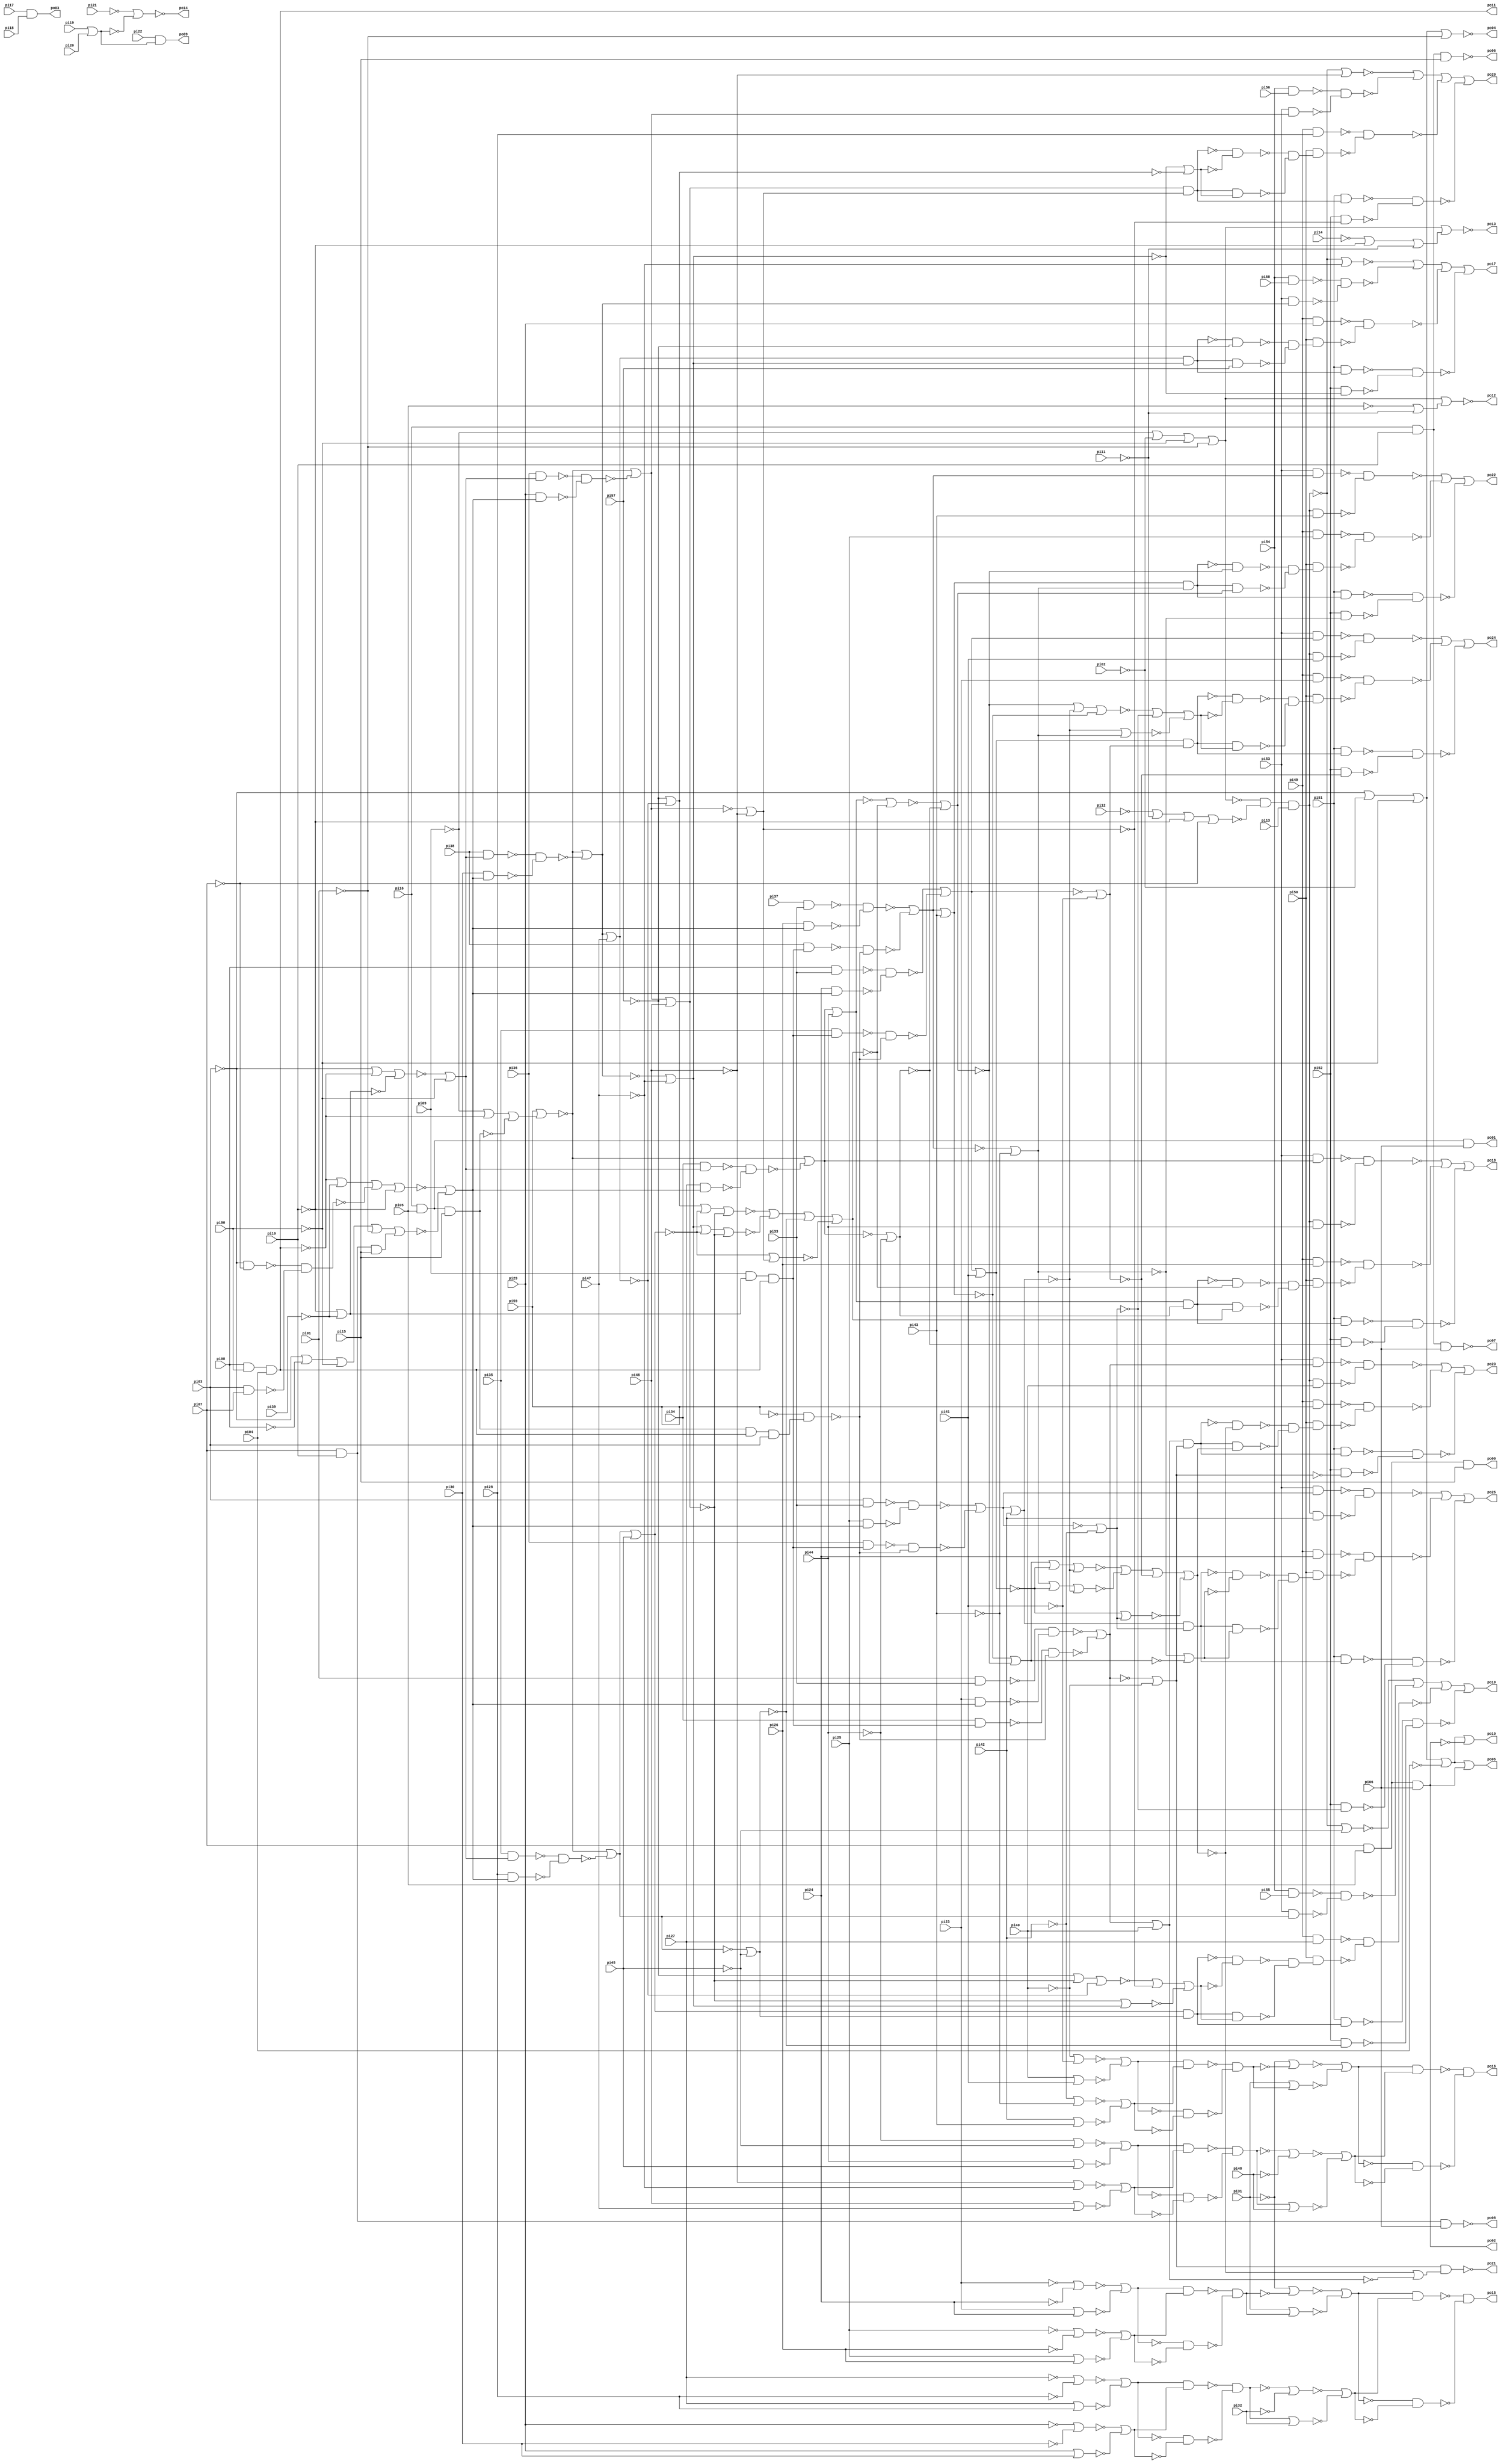
// Benchmark "C880.iscas" written by ABC on Thu Mar 19 13:02:36 2020

module C880_iscas  ( 
    pi00, pi01, pi02, pi03, pi04, pi05, pi06, pi07, pi08, pi09, pi10, pi11,
    pi12, pi13, pi14, pi15, pi16, pi17, pi18, pi19, pi20, pi21, pi22, pi23,
    pi24, pi25, pi26, pi27, pi28, pi29, pi30, pi31, pi32, pi33, pi34, pi35,
    pi36, pi37, pi38, pi39, pi40, pi41, pi42, pi43, pi44, pi45, pi46, pi47,
    pi48, pi49, pi50, pi51, pi52, pi53, pi54, pi55, pi56, pi57, pi58, pi59,
    po00, po01, po02, po03, po04, po05, po06, po07, po08, po09, po10, po11,
    po12, po13, po14, po15, po16, po17, po18, po19, po20, po21, po22, po23,
    po24, po25  );
  input  pi00, pi01, pi02, pi03, pi04, pi05, pi06, pi07, pi08, pi09,
    pi10, pi11, pi12, pi13, pi14, pi15, pi16, pi17, pi18, pi19, pi20, pi21,
    pi22, pi23, pi24, pi25, pi26, pi27, pi28, pi29, pi30, pi31, pi32, pi33,
    pi34, pi35, pi36, pi37, pi38, pi39, pi40, pi41, pi42, pi43, pi44, pi45,
    pi46, pi47, pi48, pi49, pi50, pi51, pi52, pi53, pi54, pi55, pi56, pi57,
    pi58, pi59;
  output po00, po01, po02, po03, po04, po05, po06, po07, po08, po09, po10,
    po11, po12, po13, po14, po15, po16, po17, po18, po19, po20, po21, po22,
    po23, po24, po25;
  wire new_n87_, new_n88_, new_n89_, new_n90_, new_n91_, new_n92_, new_n93_,
    new_n94_, new_n95_, new_n96_, new_n97_, new_n98_, new_n99_, new_n100_,
    new_n101_, new_n102_, new_n103_, new_n104_, new_n105_, new_n106_,
    new_n107_, new_n108_, new_n109_, new_n110_, new_n111_, new_n112_,
    new_n113_, new_n114_, new_n115_, new_n116_, new_n117_, new_n118_,
    new_n119_, new_n120_, new_n121_, new_n122_, new_n123_, new_n124_,
    new_n125_, new_n126_, new_n127_, new_n128_, new_n129_, new_n130_,
    new_n131_, new_n132_, new_n133_, new_n134_, new_n135_, new_n136_,
    new_n137_, new_n138_, new_n139_, new_n140_, new_n141_, new_n142_,
    new_n143_, new_n144_, new_n145_, new_n146_, new_n147_, new_n148_,
    new_n149_, new_n150_, new_n152_, new_n153_, new_n154_, new_n155_,
    new_n156_, new_n157_, new_n161_, new_n162_, new_n163_, new_n164_,
    new_n165_, new_n166_, new_n167_, new_n168_, new_n169_, new_n170_,
    new_n171_, new_n172_, new_n173_, new_n174_, new_n175_, new_n176_,
    new_n177_, new_n178_, new_n179_, new_n180_, new_n181_, new_n183_,
    new_n184_, new_n186_, new_n187_, new_n190_, new_n192_, new_n193_,
    new_n194_, new_n196_, new_n197_, new_n198_, new_n199_, new_n201_,
    new_n202_, new_n204_, new_n205_, new_n207_, new_n208_, new_n211_,
    new_n212_, new_n213_, new_n214_, new_n215_, new_n216_, new_n217_,
    new_n218_, new_n219_, new_n220_, new_n221_, new_n222_, new_n223_,
    new_n224_, new_n225_, new_n226_, new_n227_, new_n228_, new_n229_,
    new_n230_, new_n231_, new_n232_, new_n233_, new_n234_, new_n235_,
    new_n236_, new_n237_, new_n238_, new_n239_, new_n240_, new_n241_,
    new_n242_, new_n243_, new_n244_, new_n245_, new_n246_, new_n247_,
    new_n248_, new_n249_, new_n250_, new_n251_, new_n252_, new_n253_,
    new_n254_, new_n255_, new_n256_, new_n257_, new_n258_, new_n259_,
    new_n260_, new_n261_, new_n262_, new_n263_, new_n264_, new_n265_,
    new_n266_, new_n267_, new_n268_, new_n269_, new_n270_, new_n271_,
    new_n272_, new_n273_, new_n274_, new_n275_, new_n276_, new_n277_,
    new_n278_, new_n279_, new_n280_, new_n281_, new_n282_, new_n283_,
    new_n284_, new_n285_, new_n286_, new_n287_, new_n288_, new_n289_,
    new_n290_, new_n291_, new_n292_, new_n293_, new_n294_, new_n295_,
    new_n296_, new_n297_, new_n298_, new_n299_, new_n300_, new_n301_,
    new_n302_, new_n303_, new_n304_, new_n305_, new_n306_, new_n307_,
    new_n308_, new_n309_, new_n310_, new_n311_, new_n312_, new_n313_,
    new_n314_, new_n315_, new_n316_, new_n317_, new_n318_, new_n319_,
    new_n320_, new_n321_, new_n322_, new_n323_, new_n324_, new_n325_,
    new_n326_, new_n327_, new_n328_, new_n329_, new_n330_, new_n331_,
    new_n332_, new_n333_, new_n334_, new_n335_, new_n336_, new_n337_,
    new_n338_, new_n339_, new_n340_, new_n341_, new_n342_, new_n343_,
    new_n344_, new_n345_, new_n346_, new_n347_, new_n348_, new_n349_,
    new_n350_, new_n351_, new_n352_, new_n353_, new_n354_, new_n355_,
    new_n356_, new_n357_, new_n358_, new_n359_, new_n360_, new_n362_,
    new_n363_, new_n364_, new_n365_, new_n366_, new_n367_, new_n368_,
    new_n369_, new_n370_, new_n371_, new_n372_, new_n373_, new_n374_,
    new_n375_, new_n377_, new_n378_, new_n379_, new_n380_, new_n381_,
    new_n382_, new_n383_, new_n384_, new_n385_, new_n386_, new_n387_,
    new_n388_, new_n389_, new_n390_, new_n391_, new_n392_, new_n393_,
    new_n394_, new_n395_, new_n396_, new_n397_, new_n398_, new_n399_,
    new_n400_, new_n401_, new_n402_, new_n403_, new_n404_, new_n405_,
    new_n406_, new_n407_, new_n408_, new_n409_, new_n410_, new_n411_,
    new_n412_, new_n413_, new_n414_, new_n415_, new_n416_, new_n417_,
    new_n418_, new_n419_, new_n420_, new_n421_, new_n422_, new_n423_,
    new_n424_, new_n425_, new_n426_, new_n427_, new_n428_, new_n429_,
    new_n430_, new_n432_, new_n433_, new_n434_, new_n435_, new_n436_,
    new_n437_, new_n438_, new_n439_, new_n440_, new_n441_, new_n442_,
    new_n443_, new_n444_, new_n445_, new_n446_, new_n447_, new_n448_,
    new_n452_, new_n454_, new_n455_, new_n456_, new_n457_, new_n458_,
    new_n459_, new_n461_, new_n462_, new_n463_, new_n464_, new_n465_,
    new_n466_;
  assign new_n87_ = ~pi59;
  assign new_n88_ = pi54 & pi58;
  assign new_n89_ = pi54 & pi56;
  assign new_n90_ = pi54 & pi55;
  assign new_n91_ = pi46 | pi47;
  assign new_n92_ = ~pi46 | ~pi47;
  assign new_n93_ = pi44 | pi45;
  assign new_n94_ = ~pi44 | ~pi45;
  assign new_n95_ = pi42 | pi43;
  assign new_n96_ = ~pi42 | ~pi43;
  assign new_n97_ = pi40 | pi41;
  assign new_n98_ = ~pi40 | ~pi41;
  assign new_n99_ = pi37 & pi33;
  assign new_n100_ = pi49 & pi29;
  assign new_n101_ = pi29 | pi30;
  assign new_n102_ = ~pi29 | ~pi30;
  assign new_n103_ = pi49 & pi28;
  assign new_n104_ = pi49 & pi27;
  assign new_n105_ = pi27 | pi28;
  assign new_n106_ = ~pi27 | ~pi28;
  assign new_n107_ = pi49 & pi26;
  assign new_n108_ = pi49 & pi25;
  assign new_n109_ = pi25 | pi26;
  assign new_n110_ = ~pi25 | ~pi26;
  assign new_n111_ = pi49 & pi24;
  assign new_n112_ = pi49 & pi23;
  assign new_n113_ = pi23 | pi24;
  assign new_n114_ = ~pi23 | ~pi24;
  assign new_n115_ = pi19 | pi20;
  assign new_n116_ = pi17 & pi18;
  assign new_n117_ = ~pi10 | ~pi39;
  assign new_n118_ = pi16 & pi10 & pi15;
  assign new_n119_ = ~pi14 | ~pi10 | ~pi11;
  assign new_n120_ = pi08 & pi33;
  assign new_n121_ = pi07 & pi10 & pi15;
  assign new_n122_ = ~pi12 | ~pi11 | ~pi10 | ~pi07;
  assign new_n123_ = pi07 & pi10 & pi06;
  assign new_n124_ = pi16 & pi10 & pi06;
  assign new_n125_ = pi07 & pi05 & pi06;
  assign new_n126_ = pi16 & pi05 & pi06;
  assign new_n127_ = pi07 & pi05 & pi15;
  assign new_n128_ = pi16 & pi05 & pi15;
  assign new_n129_ = ~pi05 | ~pi11;
  assign new_n130_ = pi07 & pi05 & pi06;
  assign new_n131_ = pi03 & pi07;
  assign new_n132_ = ~pi03 & ~pi07;
  assign new_n133_ = pi03 & pi33;
  assign new_n134_ = pi01 & pi33;
  assign new_n135_ = ~pi09 | ~pi02 | ~pi00 | ~pi01;
  assign new_n136_ = ~pi03 | ~pi08 | ~pi00 | ~pi01;
  assign new_n137_ = pi08 & pi00 & pi04;
  assign new_n138_ = ~pi03 | ~pi02 | ~pi00 | ~pi04;
  assign new_n139_ = ~pi03 | ~pi02 | ~pi00 | ~pi01;
  assign new_n140_ = ~new_n87_;
  assign new_n141_ = ~new_n92_ | ~new_n91_;
  assign new_n142_ = ~new_n94_ | ~new_n93_;
  assign new_n143_ = ~new_n96_ | ~new_n95_;
  assign new_n144_ = ~new_n98_ | ~new_n97_;
  assign new_n145_ = ~new_n102_ | ~new_n101_;
  assign new_n146_ = ~new_n106_ | ~new_n105_;
  assign new_n147_ = ~new_n110_ | ~new_n109_;
  assign new_n148_ = ~new_n114_ | ~new_n113_;
  assign new_n149_ = pi22 & new_n115_;
  assign new_n150_ = ~pi21 | ~new_n115_;
  assign po03 = new_n116_;
  assign new_n152_ = ~new_n118_;
  assign new_n153_ = new_n135_ | new_n119_;
  assign new_n154_ = ~new_n121_;
  assign new_n155_ = ~new_n135_ & ~new_n122_;
  assign new_n156_ = ~new_n123_;
  assign new_n157_ = ~new_n124_;
  assign po02 = new_n125_;
  assign po01 = new_n126_;
  assign po00 = new_n127_;
  assign new_n161_ = new_n135_ | new_n129_;
  assign new_n162_ = ~new_n130_;
  assign new_n163_ = new_n138_ | new_n130_;
  assign new_n164_ = ~new_n132_ & ~new_n131_;
  assign new_n165_ = ~new_n136_;
  assign new_n166_ = ~new_n137_;
  assign new_n167_ = ~new_n137_;
  assign new_n168_ = ~new_n139_;
  assign new_n169_ = pi49 & new_n140_;
  assign new_n170_ = ~new_n141_;
  assign new_n171_ = new_n142_ & new_n141_;
  assign new_n172_ = ~new_n142_;
  assign new_n173_ = ~new_n143_;
  assign new_n174_ = new_n144_ & new_n143_;
  assign new_n175_ = ~new_n144_;
  assign new_n176_ = ~new_n145_;
  assign new_n177_ = new_n146_ & new_n145_;
  assign new_n178_ = ~new_n146_;
  assign new_n179_ = ~new_n147_;
  assign new_n180_ = new_n148_ & new_n147_;
  assign new_n181_ = ~new_n148_;
  assign po09 = new_n149_;
  assign new_n183_ = ~new_n150_;
  assign new_n184_ = new_n155_ & pi13;
  assign po06 = new_n152_;
  assign new_n186_ = ~new_n153_;
  assign new_n187_ = ~new_n165_ | ~new_n154_;
  assign po08 = new_n156_;
  assign po07 = new_n157_;
  assign new_n190_ = ~new_n161_;
  assign po05 = new_n163_;
  assign new_n192_ = ~new_n166_;
  assign new_n193_ = ~new_n167_;
  assign new_n194_ = new_n138_ | new_n162_;
  assign po04 = new_n168_;
  assign new_n196_ = new_n172_ & new_n170_;
  assign new_n197_ = new_n175_ & new_n173_;
  assign new_n198_ = new_n178_ & new_n176_;
  assign new_n199_ = new_n181_ & new_n179_;
  assign po14 = new_n183_;
  assign new_n201_ = ~new_n184_;
  assign new_n202_ = ~new_n192_ | ~pi39 | ~new_n164_ | ~pi10;
  assign po13 = new_n186_;
  assign new_n204_ = ~pi09 | ~new_n192_ | ~new_n128_;
  assign new_n205_ = pi09 & new_n117_ & new_n192_;
  assign po12 = new_n190_;
  assign new_n207_ = ~pi03 | ~new_n192_ | ~new_n117_;
  assign new_n208_ = new_n128_ & new_n192_ & pi03;
  assign po11 = new_n193_;
  assign po10 = new_n194_;
  assign new_n211_ = new_n140_ | new_n204_;
  assign new_n212_ = new_n140_ | new_n204_;
  assign new_n213_ = new_n140_ | new_n204_;
  assign new_n214_ = new_n140_ | new_n204_;
  assign new_n215_ = new_n87_ & new_n208_;
  assign new_n216_ = new_n87_ & new_n208_;
  assign new_n217_ = new_n87_ & new_n208_;
  assign new_n218_ = new_n87_ & new_n208_;
  assign new_n219_ = ~new_n171_ & ~new_n196_;
  assign new_n220_ = ~new_n174_ & ~new_n197_;
  assign new_n221_ = pi38 & new_n205_;
  assign new_n222_ = pi36 & new_n205_;
  assign new_n223_ = pi35 & new_n205_;
  assign new_n224_ = pi34 & new_n205_;
  assign new_n225_ = ~new_n177_ & ~new_n198_;
  assign new_n226_ = ~new_n180_ & ~new_n199_;
  assign new_n227_ = ~new_n201_;
  assign new_n228_ = ~new_n202_ | ~new_n187_;
  assign new_n229_ = ~new_n207_ | ~pi00;
  assign new_n230_ = ~new_n224_ & ~new_n215_;
  assign new_n231_ = ~new_n223_ & ~new_n216_;
  assign new_n232_ = ~new_n222_ & ~new_n217_;
  assign new_n233_ = ~new_n221_ & ~new_n218_;
  assign new_n234_ = new_n219_ | pi48;
  assign new_n235_ = ~new_n219_ | ~pi48;
  assign new_n236_ = ~new_n227_ | ~pi47;
  assign new_n237_ = ~new_n227_ | ~pi46;
  assign new_n238_ = ~new_n227_ | ~pi45;
  assign new_n239_ = new_n227_ & pi44;
  assign new_n240_ = new_n227_ & pi43;
  assign new_n241_ = new_n227_ & pi42;
  assign new_n242_ = new_n227_ & pi41;
  assign new_n243_ = new_n227_ & pi40;
  assign new_n244_ = pi38 & new_n229_;
  assign new_n245_ = pi36 & new_n229_;
  assign new_n246_ = pi35 & new_n229_;
  assign new_n247_ = pi34 & new_n229_;
  assign new_n248_ = new_n225_ | pi32;
  assign new_n249_ = ~new_n225_ | ~pi32;
  assign new_n250_ = pi31 | new_n220_;
  assign new_n251_ = ~pi31 | ~new_n220_;
  assign new_n252_ = pi31 | new_n226_;
  assign new_n253_ = ~pi31 | ~new_n226_;
  assign new_n254_ = pi30 & new_n228_;
  assign new_n255_ = pi29 & new_n228_;
  assign new_n256_ = pi28 & new_n228_;
  assign new_n257_ = pi27 & new_n228_;
  assign new_n258_ = pi26 & new_n228_;
  assign new_n259_ = pi25 & new_n228_;
  assign new_n260_ = pi24 & new_n228_;
  assign new_n261_ = pi23 & new_n228_;
  assign new_n262_ = ~new_n235_ | ~new_n234_;
  assign new_n263_ = ~new_n244_ & ~new_n254_;
  assign new_n264_ = ~new_n245_ & ~new_n255_;
  assign new_n265_ = ~new_n246_ & ~new_n256_;
  assign new_n266_ = ~new_n247_ & ~new_n257_;
  assign new_n267_ = ~new_n99_ & ~new_n258_;
  assign new_n268_ = ~new_n249_ | ~new_n248_;
  assign new_n269_ = ~new_n251_ | ~new_n250_;
  assign new_n270_ = ~new_n253_ | ~new_n252_;
  assign new_n271_ = ~new_n120_ & ~new_n260_;
  assign new_n272_ = ~new_n133_ & ~new_n259_;
  assign new_n273_ = ~new_n134_ & ~new_n261_;
  assign new_n274_ = ~new_n211_ | ~new_n266_;
  assign new_n275_ = ~new_n212_ | ~new_n265_;
  assign new_n276_ = ~new_n213_ | ~new_n264_;
  assign new_n277_ = ~new_n214_ | ~new_n263_;
  assign new_n278_ = ~new_n273_ | ~new_n230_;
  assign new_n279_ = ~new_n271_ | ~new_n231_;
  assign new_n280_ = ~new_n272_ | ~new_n232_;
  assign new_n281_ = ~new_n267_ | ~new_n233_;
  assign new_n282_ = ~new_n262_;
  assign new_n283_ = new_n269_ & new_n262_;
  assign new_n284_ = ~new_n268_;
  assign new_n285_ = new_n270_ & new_n268_;
  assign new_n286_ = ~new_n269_;
  assign new_n287_ = ~new_n270_;
  assign new_n288_ = pi53 & new_n277_;
  assign new_n289_ = pi53 & new_n276_;
  assign new_n290_ = pi53 & new_n275_;
  assign new_n291_ = pi53 & new_n274_;
  assign new_n292_ = pi53 & new_n281_;
  assign new_n293_ = pi53 & new_n280_;
  assign new_n294_ = pi53 & new_n279_;
  assign new_n295_ = pi53 & new_n278_;
  assign new_n296_ = new_n286_ & new_n282_;
  assign new_n297_ = new_n277_ | pi47;
  assign new_n298_ = ~new_n277_ | ~pi47;
  assign new_n299_ = new_n276_ | pi46;
  assign new_n300_ = ~new_n276_ | ~pi46;
  assign new_n301_ = new_n275_ | pi45;
  assign new_n302_ = ~new_n275_ | ~pi45;
  assign new_n303_ = new_n274_ | pi44;
  assign new_n304_ = ~new_n274_ | ~pi44;
  assign new_n305_ = new_n281_ | pi43;
  assign new_n306_ = ~new_n281_ | ~pi43;
  assign new_n307_ = new_n280_ | pi42;
  assign new_n308_ = ~new_n280_ | ~pi42;
  assign new_n309_ = new_n279_ | pi41;
  assign new_n310_ = ~new_n279_ | ~pi41;
  assign new_n311_ = new_n278_ | pi40;
  assign new_n312_ = ~new_n278_ | ~pi40;
  assign new_n313_ = new_n287_ & new_n284_;
  assign new_n314_ = ~pi57 | ~new_n297_ | ~new_n301_ | ~new_n299_;
  assign new_n315_ = ~pi57 | ~new_n299_ | ~new_n297_;
  assign new_n316_ = ~new_n297_ | ~pi57;
  assign new_n317_ = ~new_n88_ & ~new_n288_;
  assign new_n318_ = ~new_n89_ & ~new_n289_;
  assign new_n319_ = ~new_n90_ & ~new_n290_;
  assign new_n320_ = ~new_n283_ & ~new_n296_;
  assign new_n321_ = new_n297_ & new_n298_;
  assign new_n322_ = ~new_n298_;
  assign new_n323_ = new_n299_ & new_n300_;
  assign new_n324_ = ~new_n300_;
  assign new_n325_ = new_n301_ & new_n302_;
  assign new_n326_ = ~new_n302_;
  assign new_n327_ = new_n303_ & new_n304_;
  assign new_n328_ = ~new_n304_;
  assign new_n329_ = ~new_n291_ & ~new_n239_;
  assign new_n330_ = new_n305_ & new_n306_;
  assign new_n331_ = ~new_n306_;
  assign new_n332_ = ~new_n292_ & ~new_n240_;
  assign new_n333_ = new_n307_ & new_n308_;
  assign new_n334_ = ~new_n308_;
  assign new_n335_ = ~new_n293_ & ~new_n241_;
  assign new_n336_ = new_n309_ & new_n310_;
  assign new_n337_ = ~new_n310_;
  assign new_n338_ = ~new_n294_ & ~new_n242_;
  assign new_n339_ = new_n311_ & new_n312_;
  assign new_n340_ = ~new_n312_;
  assign new_n341_ = ~new_n295_ & ~new_n243_;
  assign new_n342_ = ~new_n285_ & ~new_n313_;
  assign new_n343_ = new_n321_ & pi57;
  assign new_n344_ = ~new_n321_ & ~pi57;
  assign new_n345_ = pi52 & new_n322_;
  assign new_n346_ = pi52 & new_n324_;
  assign new_n347_ = pi52 & new_n326_;
  assign new_n348_ = pi52 & new_n328_;
  assign new_n349_ = pi52 & new_n331_;
  assign new_n350_ = pi52 & new_n334_;
  assign new_n351_ = pi52 & new_n337_;
  assign new_n352_ = pi52 & new_n340_;
  assign new_n353_ = pi51 & new_n321_;
  assign new_n354_ = pi51 & new_n323_;
  assign new_n355_ = pi51 & new_n325_;
  assign new_n356_ = pi51 & new_n327_;
  assign new_n357_ = pi51 & new_n330_;
  assign new_n358_ = pi51 & new_n333_;
  assign new_n359_ = pi51 & new_n336_;
  assign new_n360_ = pi51 & new_n339_;
  assign po16 = new_n320_;
  assign new_n362_ = ~new_n322_;
  assign new_n363_ = ~new_n299_ | ~new_n322_;
  assign new_n364_ = ~new_n322_ | ~new_n301_ | ~new_n299_;
  assign new_n365_ = ~new_n324_;
  assign new_n366_ = ~new_n301_ | ~new_n324_;
  assign new_n367_ = ~new_n326_;
  assign new_n368_ = ~new_n328_;
  assign new_n369_ = ~new_n331_;
  assign new_n370_ = ~new_n307_ | ~new_n331_;
  assign new_n371_ = ~new_n331_ | ~new_n309_ | ~new_n307_;
  assign new_n372_ = ~new_n334_;
  assign new_n373_ = ~new_n309_ | ~new_n334_;
  assign new_n374_ = ~new_n337_;
  assign new_n375_ = ~new_n340_;
  assign po15 = new_n342_;
  assign new_n377_ = ~new_n344_ & ~new_n343_;
  assign new_n378_ = ~new_n314_ | ~new_n364_ | ~new_n367_ | ~new_n366_;
  assign new_n379_ = ~new_n315_ | ~new_n365_ | ~new_n363_;
  assign new_n380_ = ~new_n362_ | ~new_n316_;
  assign new_n381_ = ~new_n353_ & ~new_n345_;
  assign new_n382_ = ~new_n354_ & ~new_n346_;
  assign new_n383_ = ~new_n355_ & ~new_n347_;
  assign new_n384_ = ~new_n356_ & ~new_n348_;
  assign new_n385_ = ~new_n357_ & ~new_n349_;
  assign new_n386_ = ~new_n358_ & ~new_n350_;
  assign new_n387_ = ~new_n359_ & ~new_n351_;
  assign new_n388_ = ~new_n360_ & ~new_n352_;
  assign new_n389_ = pi50 & new_n377_;
  assign new_n390_ = ~new_n323_ & ~new_n380_;
  assign new_n391_ = new_n323_ & new_n380_;
  assign new_n392_ = ~new_n325_ & ~new_n379_;
  assign new_n393_ = new_n325_ & new_n379_;
  assign new_n394_ = ~new_n327_ & ~new_n378_;
  assign new_n395_ = new_n327_ & new_n378_;
  assign new_n396_ = ~new_n303_ | ~new_n378_;
  assign new_n397_ = ~new_n390_ & ~new_n391_;
  assign new_n398_ = ~new_n392_ & ~new_n393_;
  assign new_n399_ = ~new_n394_ & ~new_n395_;
  assign new_n400_ = ~new_n396_ | ~new_n368_;
  assign new_n401_ = ~new_n100_ & ~new_n389_;
  assign new_n402_ = pi50 & new_n397_;
  assign new_n403_ = pi50 & new_n398_;
  assign new_n404_ = pi50 & new_n399_;
  assign new_n405_ = ~new_n236_ | ~new_n317_ | ~new_n401_ | ~new_n381_;
  assign new_n406_ = ~new_n330_ & ~new_n400_;
  assign new_n407_ = new_n330_ & new_n400_;
  assign new_n408_ = ~new_n305_ | ~new_n400_;
  assign new_n409_ = ~new_n400_ | ~new_n307_ | ~new_n305_;
  assign new_n410_ = ~new_n400_ | ~new_n305_ | ~new_n309_ | ~new_n307_;
  assign new_n411_ = ~new_n405_;
  assign new_n412_ = ~new_n406_ & ~new_n407_;
  assign new_n413_ = ~new_n369_ | ~new_n408_;
  assign new_n414_ = ~new_n409_ | ~new_n372_ | ~new_n370_;
  assign new_n415_ = ~new_n410_ | ~new_n371_ | ~new_n374_ | ~new_n373_;
  assign new_n416_ = ~new_n103_ & ~new_n402_;
  assign new_n417_ = ~new_n104_ & ~new_n403_;
  assign new_n418_ = ~new_n107_ & ~new_n404_;
  assign new_n419_ = pi50 & new_n412_;
  assign new_n420_ = ~new_n411_;
  assign new_n421_ = ~new_n237_ | ~new_n318_ | ~new_n416_ | ~new_n382_;
  assign new_n422_ = ~new_n238_ | ~new_n319_ | ~new_n417_ | ~new_n383_;
  assign new_n423_ = ~new_n329_ | ~new_n418_ | ~new_n384_;
  assign new_n424_ = ~new_n333_ & ~new_n413_;
  assign new_n425_ = new_n333_ & new_n413_;
  assign new_n426_ = ~new_n336_ & ~new_n414_;
  assign new_n427_ = new_n336_ & new_n414_;
  assign new_n428_ = ~new_n339_ & ~new_n415_;
  assign new_n429_ = new_n339_ & new_n415_;
  assign new_n430_ = ~new_n415_ | ~new_n311_;
  assign po17 = new_n420_;
  assign new_n432_ = ~new_n421_;
  assign new_n433_ = ~new_n422_;
  assign new_n434_ = ~new_n423_;
  assign new_n435_ = ~new_n424_ & ~new_n425_;
  assign new_n436_ = ~new_n426_ & ~new_n427_;
  assign new_n437_ = ~new_n428_ & ~new_n429_;
  assign new_n438_ = new_n375_ & new_n430_;
  assign new_n439_ = ~new_n108_ & ~new_n419_;
  assign new_n440_ = pi50 & new_n435_;
  assign new_n441_ = pi50 & new_n436_;
  assign new_n442_ = pi50 & new_n437_;
  assign new_n443_ = ~new_n432_;
  assign new_n444_ = ~new_n433_;
  assign new_n445_ = ~new_n434_;
  assign new_n446_ = ~new_n332_ | ~new_n439_ | ~new_n385_;
  assign new_n447_ = ~new_n438_;
  assign new_n448_ = ~new_n169_ & ~new_n442_;
  assign po20 = new_n443_;
  assign po19 = new_n444_;
  assign po18 = new_n445_;
  assign new_n452_ = ~new_n446_;
  assign po21 = new_n447_;
  assign new_n454_ = ~new_n111_ & ~new_n440_;
  assign new_n455_ = ~new_n112_ & ~new_n441_;
  assign new_n456_ = ~new_n452_;
  assign new_n457_ = ~new_n335_ | ~new_n454_ | ~new_n386_;
  assign new_n458_ = ~new_n338_ | ~new_n455_ | ~new_n387_;
  assign new_n459_ = ~new_n341_ | ~new_n448_ | ~new_n388_;
  assign po22 = new_n456_;
  assign new_n461_ = ~new_n457_;
  assign new_n462_ = ~new_n458_;
  assign new_n463_ = ~new_n459_;
  assign new_n464_ = ~new_n461_;
  assign new_n465_ = ~new_n462_;
  assign new_n466_ = ~new_n463_;
  assign po25 = new_n464_;
  assign po24 = new_n465_;
  assign po23 = new_n466_;
endmodule